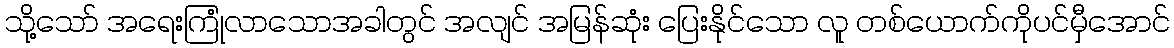
သို့သော် အရေးကြုံလာသောအခါတွင် အလျင် အမြန်ဆုံး ပြေးနိုင်သော လူ တစ်ယောက်ကိုပင်မှီအောင်